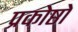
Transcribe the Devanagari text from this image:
प्रकोष्ठो